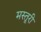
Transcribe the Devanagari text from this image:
मस्तूरी